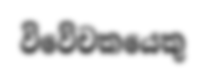
විවේචකයෙකු